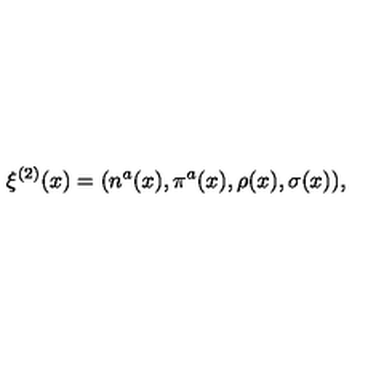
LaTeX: \xi ^ { ( 2 ) } ( x ) = ( n ^ { a } ( x ) , \pi ^ { a } ( x ) , \rho ( x ) , \sigma ( x ) ) ,